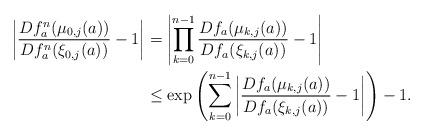
LaTeX: \begin{align*}\begin{aligned}\left|\frac{Df^{n}_{a}(\mu_{0,j}(a))}{Df_{a}^{n}(\xi_{0,j}(a))} - 1 \right|&=\left|\prod_{k=0}^{n-1}\frac{Df_{a}(\mu_{k,j}(a))}{Df_{a}(\xi_{k,j}(a))} - 1 \right|\\&\leq \exp\left(\sum_{k=0}^{n-1}\left|\frac{Df_{a}(\mu_{k,j}(a))}{Df_{a}(\xi_{k,j}(a))} - 1\right| \right)-1.\end{aligned}\end{align*}